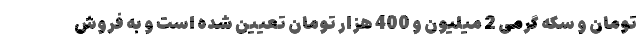
تومان و سکه گرمی 2 میلیون و 400 هزار تومان تعیین شده است و به فروش